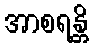
အာစရန္တိ